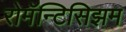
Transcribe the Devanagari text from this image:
रोमॅन्टिसिझम